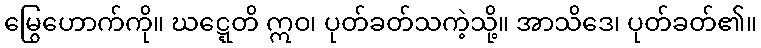
မြွေဟောက်ကို။ ဃဋ္ဋေတိ ဣဝ၊ ပုတ်ခတ်သကဲ့သို့။ အာသိဒေ၊ ပုတ်ခတ်၏။